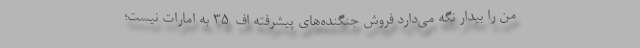
من را بیدار نگه می‌‌دارد فروش جنگنده‌های پیشرفته اف-35 به امارات نیست؛